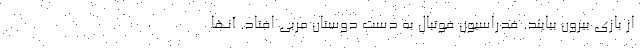
از بازی بیرون بیایند. فدراسیون فوتبال به دست دوستان مربی افتاد. آنها